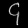
Digit: ၄